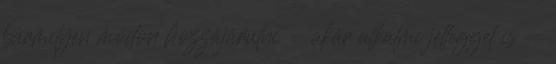
bármilyen módon hozzájárulni - akár alkalmi jelleggel is -